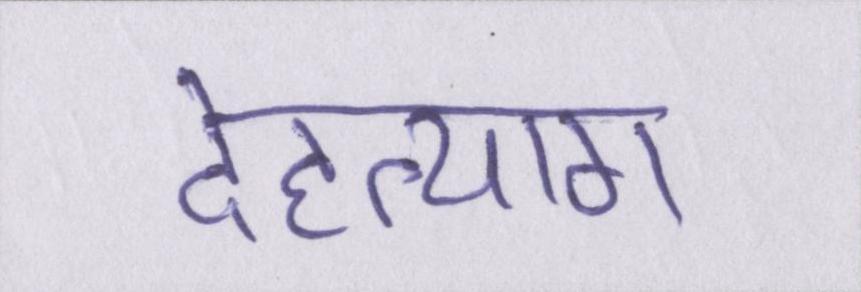
देहत्याग